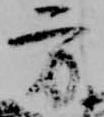
方